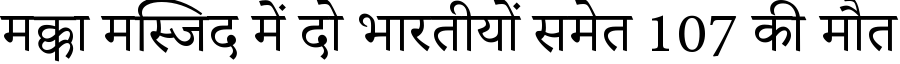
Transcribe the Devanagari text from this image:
मक्का मस्जिद में दो भारतीयों समेत 107 की मौत